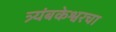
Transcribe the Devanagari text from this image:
त्र्यंबकेश्वरचा